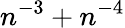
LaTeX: n^{-3}+n^{-4}